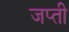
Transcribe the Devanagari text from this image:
जप्‍ती